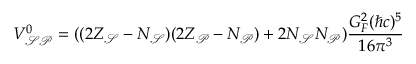
V _ { \mathcal { S P } } ^ { 0 } = ( ( 2 Z _ { \mathcal { S } } - N _ { \mathcal { S } } ) ( 2 Z _ { \mathcal { P } } - N _ { \mathcal { P } } ) + 2 N _ { \mathcal { S } } N _ { \mathcal { P } } ) \frac { G _ { F } ^ { 2 } ( \hbar c ) ^ { 5 } } { 1 6 \pi ^ { 3 } }